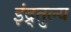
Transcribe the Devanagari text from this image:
इंद्र्तुल्य